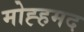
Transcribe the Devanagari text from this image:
मोह्हमद